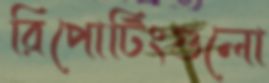
রিপোটিংগুলো